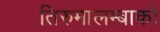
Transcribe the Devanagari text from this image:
तिरुमालम्बाको